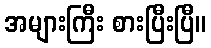
အများကြီး စားပြီးပြီ။